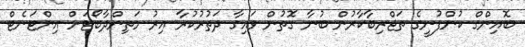
ބޮއިންގް ކުުންފުނީގެ ތަޖްރިބާކާރުން ބުނާ ގޮތުން ވައިގާ ދަތުރުކުރާ އިރު މަތިންދާބޯޓަށް އިންޓަނެޓް